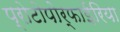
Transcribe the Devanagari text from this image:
प्रोटोपोर्फाईरिया